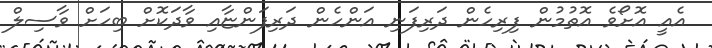
އެއީ އޮށޯވެ އޮތުމުން ފިރިހެން ދަރިފަނި އަންހެން ދަރިފަންޏާއި ވާދަކޮށް ބިހަށް ވާސިލް